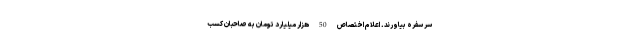
سر سفره بیاورند. اعلام اختصاص 50 هزار میلیارد تومان به صاحبان کسب